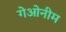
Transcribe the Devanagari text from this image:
गेओनीम